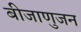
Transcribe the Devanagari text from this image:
बीजाणुजन